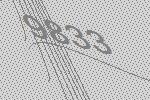
9833